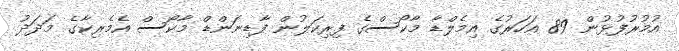
އުމުރުފުޅުން 89 އަހަރުގެ އިމެލްޑާ މާކޯސްގެ ފިރިކަލުން ފާޑިނަންޑް މާކޯސް އެމެރިކާގެ މަދަދު